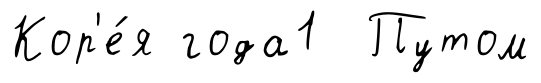
Кор'е́я года1 Путом